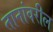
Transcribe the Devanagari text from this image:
तानांवरील